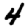
Digit: 4